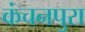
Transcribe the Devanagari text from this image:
कंचनपुरा